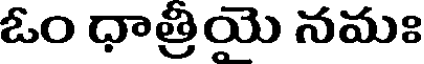
ఓం ధాత్రియె నమః